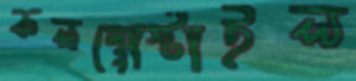
কলম্বোস্টাইল